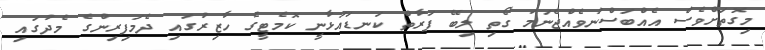
މިގޮތަށްވެސް އެއްބަސްނުވެއްޖެނަމަ ގޯތި ލިބޭ ފަރާތް ކަނޑައަޅާނީ ކޮމެޓީގެ ހާޒިރުގައި ދެމަފިރިންގެ މެދުގައި